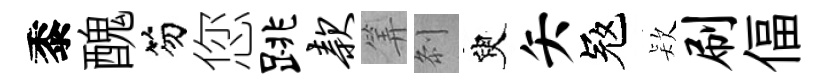
黍醜笏您跳款筭𠛴臾矢冦𣣇刷偪